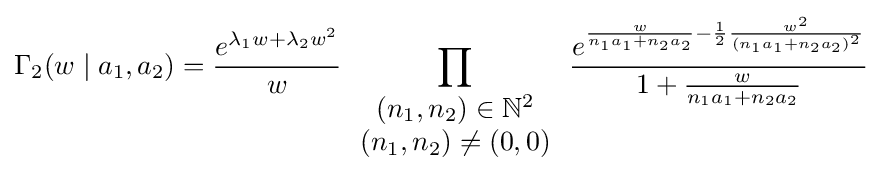
\Gamma _{2}(w\mid a_{1},a_{2})={\frac {e^{\lambda _{1}w+\lambda _{2}w^{2}}}{w}}\prod _{\begin{array}{c}(n_{1},n_{2})\in \mathbb {N} ^{2}\\(n_{1},n_{2})\neq (0,0)\end{array}}{\frac {e^{{\frac {w}{n_{1}a_{1}+n_{2}a_{2}}}-{\frac {1}{2}}{\frac {w^{2}}{(n_{1}a_{1}+n_{2}a_{2})^{2}}}}}{1+{\frac {w}{n_{1}a_{1}+n_{2}a_{2}}}}}\